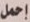
إحمل